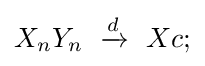
X_{n}Y_{n}\ \xrightarrow {d} \ Xc;